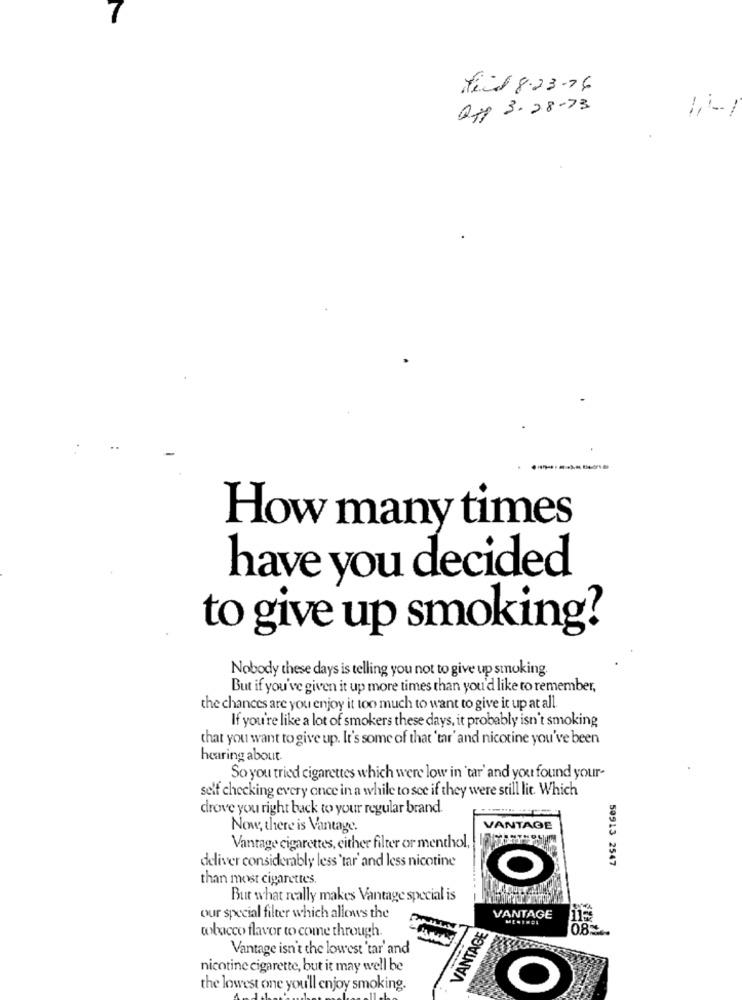
Med 823.76
Off 3. 28-73
------
How many times
have you decided
to give up smoking?
Nobody these days is telling you not to give up smoking.
But if you've given it up more times than you'd like to remember,
the chances are you enjoy it too much to want to give it up at all
If you're like a lot of smokers these days, it probably isn't smoking
that you want to give up. It's some of that'tar' and nicotine you've been
hearing about.
So you tried cigarettes which were low in 'tar' and you found your-
self checking every once in a while to see if they were still lit. Which
drove you right back to your regular brand.
Now, there is Vantage.
VANTAGE
Vantage cigarettes, either filter or menthol,
deliver considerably less'tar' and less nicotine
50913 2547
than most cigarettes.
But what really makes Vantage special is
our special filter which allows the
VANTAGE
tobacco flavor to come through.
VANTAGE
08
Vantage isn't the lowest 'tar' and
nicotine cigarette, but it may well be
the lowest one you'll enjoy smoking.
O